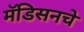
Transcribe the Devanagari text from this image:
मॅडिसनचे